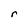
Character: r